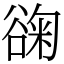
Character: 䜯